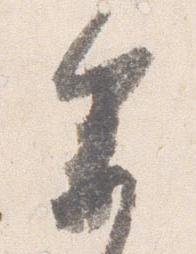
参